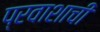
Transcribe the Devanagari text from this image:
प्रवाशाची